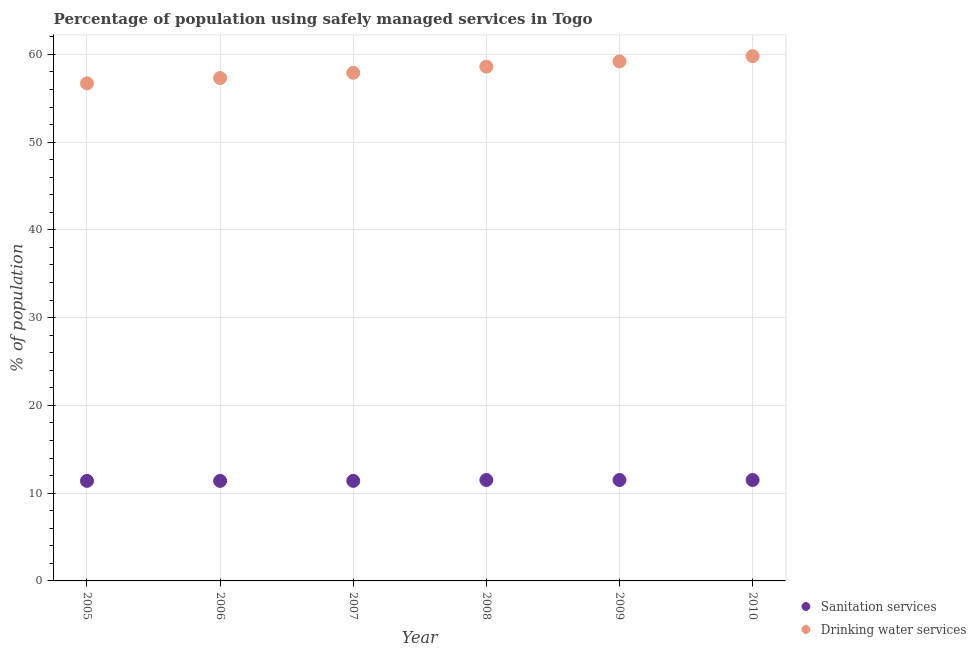
| Year | Sanitation services | Drinking water services |
 | --- | --- | --- |
 | 2005 | 11.4 | 56.7 |
 | 2006 | 11.4 | 57.3 |
 | 2007 | 11.4 | 57.9 |
 | 2008 | 11.5 | 58.6 |
 | 2009 | 11.5 | 59.2 |
 | 2010 | 11.5 | 59.8 |